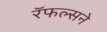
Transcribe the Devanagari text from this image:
रॅफल्सने